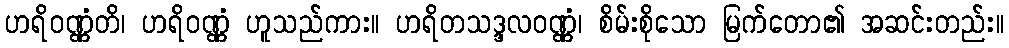
ဟရိဝဏ္ဏံတိ၊ ဟရိဝဏ္ဏံ ဟူသည်ကား။ ဟရိတသဒ္ဒလဝဏ္ဏံ၊ စိမ်းစိုသော မြက်တော၏ အဆင်းတည်း။